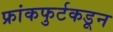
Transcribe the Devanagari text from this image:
फ्रांकफुर्टकडून